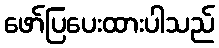
ဖော်ပြပေးထားပါသည်